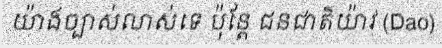
យ៉ាងច្បាស់លាស់ទេ ប៉ុន្តែ ជនជាតិយ៉ាវ (Dao)